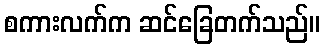
စကားလက်က ဆင်ခြေတက်သည်။